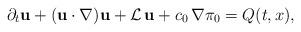
LaTeX: \begin{align*}\partial_t {\bf u} + ({\bf u} \cdot \nabla ){\bf u} + {\mathcal L}\,{\bf u} + c_0\, \nabla \pi_0 =Q(t,x),\end{align*}